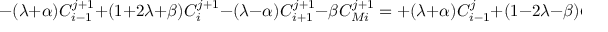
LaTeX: - ( \lambda + \alpha ) C _ { i - 1 } ^ { j + 1 } + ( 1 + 2 \lambda + \beta ) C _ { i } ^ { j + 1 } - ( \lambda - \alpha ) C _ { i + 1 } ^ { j + 1 } - \beta C _ { M i } ^ { j + 1 } = + ( \lambda + \alpha ) C _ { i - 1 } ^ { j } + ( 1 - 2 \lambda - \beta ) C _ { i } ^ { j } + ( \lambda - \alpha ) C _ { i + 1 } ^ { j } + \beta C _ { M i } ^ { j } .